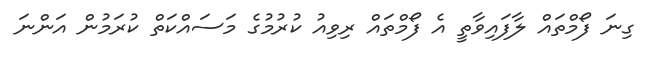
ގިނަ ފޯމްތައް ލާފައިވާތީ އެ ފޯމްތައް ރިވިއު ކުރުމުގެ މަސައްކަތް ކުރަމުން އަންނަ